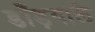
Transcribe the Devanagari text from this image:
डाँड़वाले